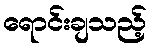
ရောင်းချသည့်